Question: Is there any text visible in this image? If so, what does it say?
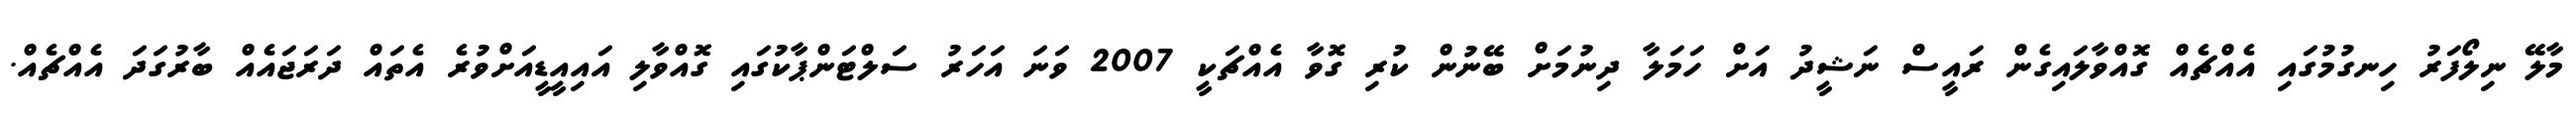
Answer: މާލޭ ނިލޯފަރު ހިނގުމުގައި އެއްޗެއް ގޮއްވާލައިގެން ރައީސް ނަޝީދު އަށް ހަމަލާ ދިނުމަށް ބޭނުން ކުރި ގޮވާ އެއްޗަކީ 2007 ވަނަ އަހަރު ސަލްޓަންޕާކުގައި ގޮއްވާލި އައިއީޑީއަށްވުރެ އެތައް ދަރަޖައެއް ބާރުގަދަ އެއްޗެއް.